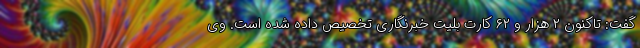
گفت: تاکنون ۲ هزار و ۶۲ کارت بلیت خبرنگاری تخصیص داده شده است. وی